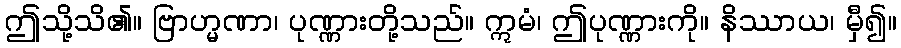
ဤသို့သိ၏။ ဗြာဟ္မဏာ၊ ပုဏ္ဏားတို့သည်။ ဣမံ၊ ဤပုဏ္ဏားကို။ နိဿာယ၊ မှီ၍။